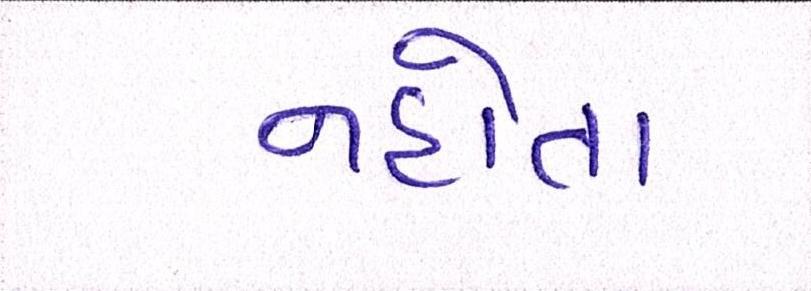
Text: નહોતા